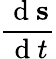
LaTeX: \frac{\mathrm{~d~}\mathbf{s}}{\mathrm{~d~}t}